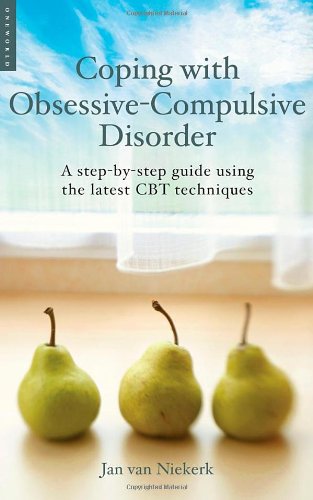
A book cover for Coping with Obsessive-Compulsive Disorder: A Step-by-Step Guide Using the Latest CBT Techniques (Coping with (Oneworld)); Jan van Niekerk; Health, Fitness & Dieting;